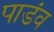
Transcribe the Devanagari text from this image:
पाडंव